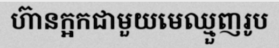
ហ៊ានក្អកជាមួយមេឈ្មួញរូប